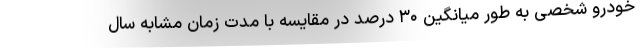
خودرو شخصی به طور میانگین ۳۰ درصد در مقایسه با مدت زمان مشابه سال